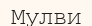
Мулви